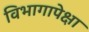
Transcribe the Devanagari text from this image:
विभागापेक्षा